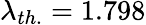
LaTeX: \lambda_{th.}=1.798